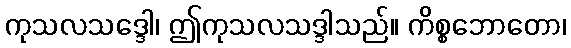
ကုသလသဒ္ဒေါ၊ ဤကုသလသဒ္ဒါသည်။ ကိစ္စဘောတော၊